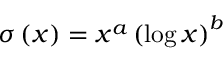
\sigma \left( x \right) = x ^ { a } \left( \log x \right) ^ { b }